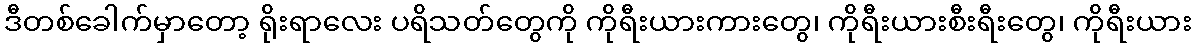
ဒီတစ်ခေါက်မှာတော့ ရိုးရာလေး ပရိသတ်တွေကို ကိုရီးယားကားတွေ၊ ကိုရီးယားစီးရီးတွေ၊ ကိုရီးယား